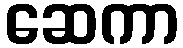
ဆေကာ